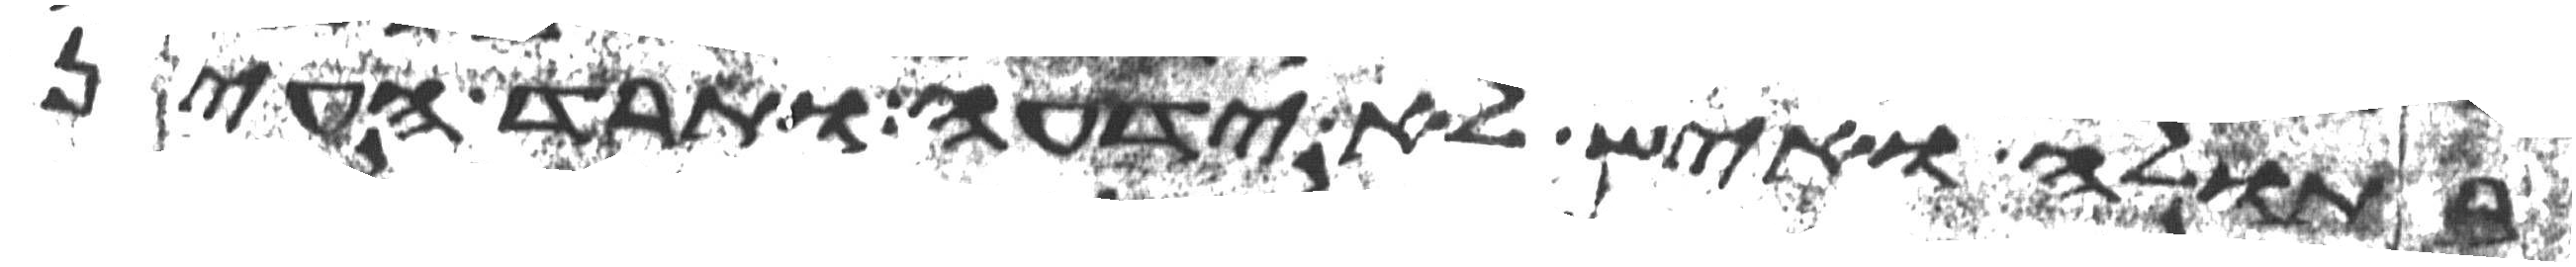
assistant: בתולה ואיש לא ידעה ותרד העין